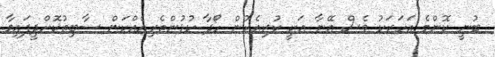
ބުނީ ކޮންމެ އަހަރަކު ވެސް އޭނާ އަކީ ކުރިއެރުން ހޯދާ ކުޅުންތެރިއެއްކަން ސާބިތުކޮށްދީފައިވާ